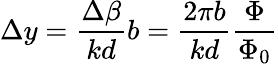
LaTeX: \Delta y=\frac{\Delta\beta}{kd}b=\frac{2\pi b}{kd}\frac{\Phi}{\Phi_{0}}